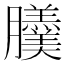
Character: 𦣍